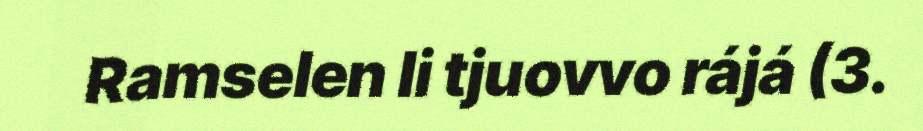
Ramselen li tjuovvo rájá (3.